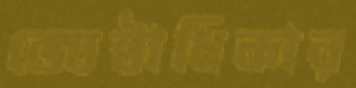
জ্যেষ্ঠাধিকার